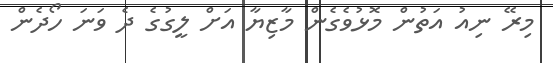
މިރޭ ނިއު އަތުން މޮޅުވެގެން މާޒިޔާ އަށް ލީގުގެ ދެ ވަނަ ހޯދެން